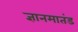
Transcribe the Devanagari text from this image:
ज्ञानमातंड